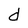
Character: d